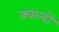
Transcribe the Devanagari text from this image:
क्वान्दो